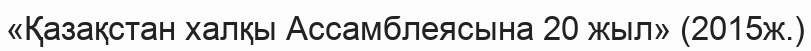
«Қазақстан халқы Ассамблеясына 20 жыл» (2015ж.)